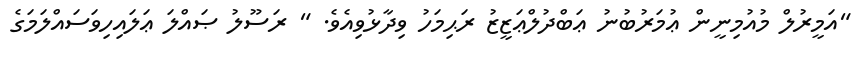
"އަމީރުލް މުއުމިނީން ޢުމަރުބުނު ޢަބްދުލްޢަޒީޒު ރަޙިމަހު ވިދާޅުވިއެވެ. " ރަސޫލު ޞައްލަ ޢަލައިހިވަސައްލަމަގެ